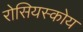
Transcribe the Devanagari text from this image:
रोसियस्कोय